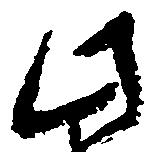
此